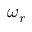
\omega _ { r }